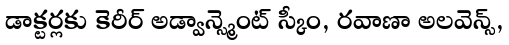
డాక్టర్లకు కెరీర్ అడ్వాన్స్మెంట్ స్కీం, రవాణా అలవెన్స్,